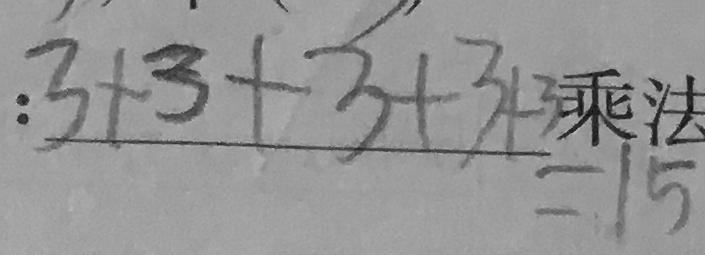
3 + 3 + 3 + 3 + 3 = 1 5